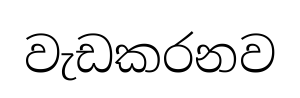
වැඩකරනව